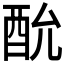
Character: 𮠠